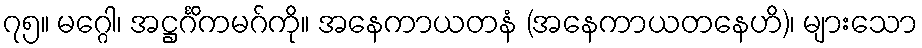
၇၅။ မဂ္ဂေါ၊ အဋ္ဌင်္ဂိကမဂ်ကို။ အနေကာယတနံ (အနေကာယတနေဟိ)၊ များသော